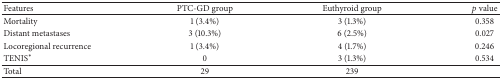
<table><thead><tr><td><b>Features </b></td><td><b>PTC-GD group </b></td><td><b>Euthyroid group</b></td><td><b><i>p</i> value</b></td></tr></thead><tbody><tr><td>Mortality</td><td>1 (3.4%)</td><td>3 (1.3%)</td><td>0.358</td></tr><tr><td>Distant metastases</td><td>3 (10.3%)</td><td>6 (2.5%)</td><td>0.027</td></tr><tr><td>Locoregional recurrence</td><td>1 (3.4%)</td><td>4 (1.7%)</td><td>0.246</td></tr><tr><td>TENIS<sup><i>∗</i></sup></td><td>0</td><td>3 (1.3%)</td><td>0.534</td></tr><tr><td>Total</td><td>29</td><td>239</td><td>[EMPTY_CELL]</td></tr></tbody></table>